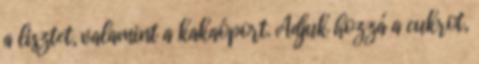
a lisztet, valamint a kakaóport. Adjuk hozzá a cukrot,